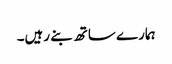
ہمارے ساتھ بنے رہیں۔